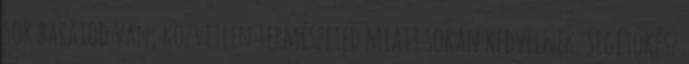
sok barátod van, közvetlen természeted miatt sokan kedvelnek. Segítőkész